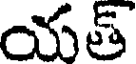
యత్